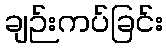
ချဉ်းကပ်ခြင်း